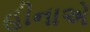
હીનાએ